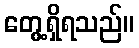
တွေ့ရှိရသည်။